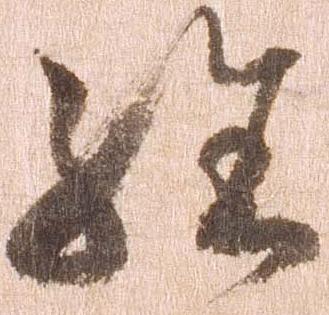
経